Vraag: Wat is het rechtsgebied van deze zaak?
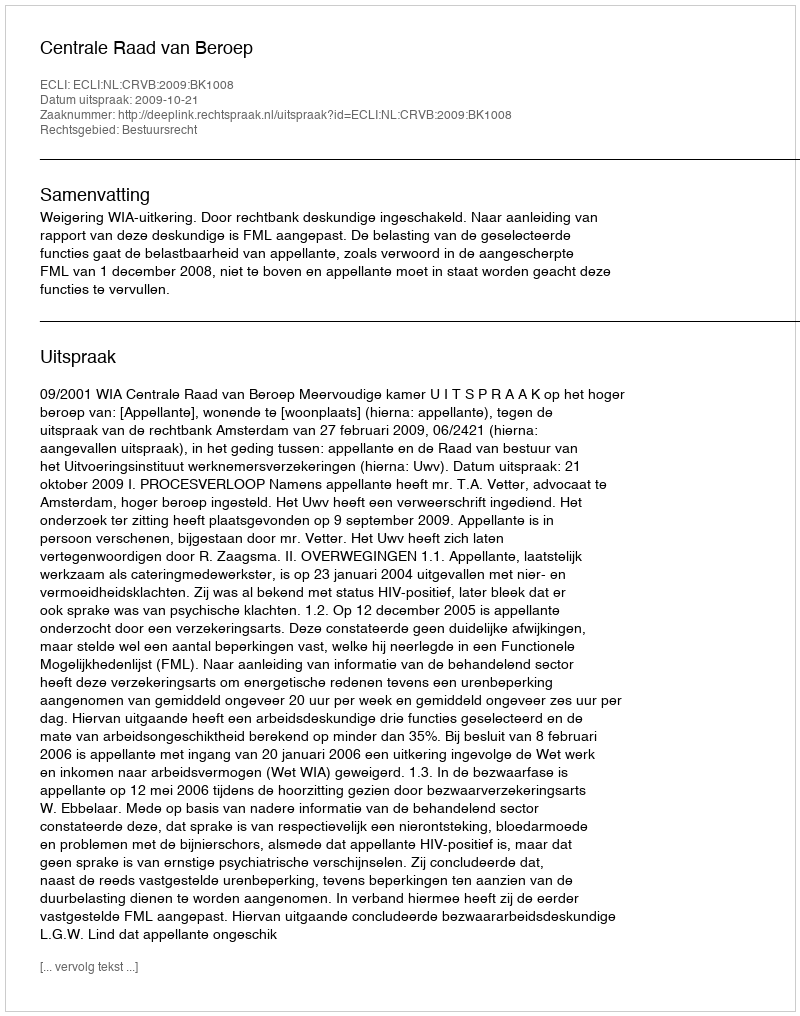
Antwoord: Bestuursrecht